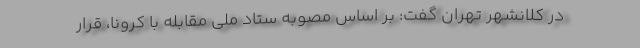
در کلانشهر تهران گفت: بر اساس مصوبه ستاد ملی مقابله با کرونا، قرار